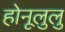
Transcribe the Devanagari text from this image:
होनूलुलु